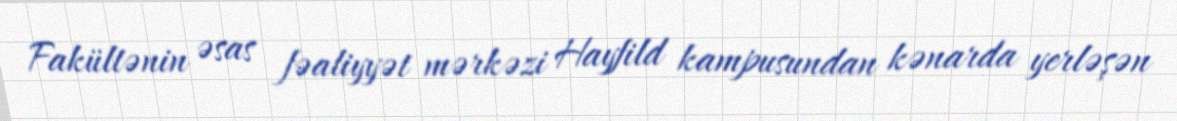
Fakültənin əsas fəaliyyət mərkəzi Hayfild kampusundan kənarda yerləşən